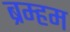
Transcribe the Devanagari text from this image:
ब्रम्हम